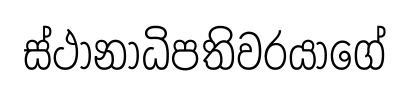
ස්ථානාධිපතිවරයාගේ